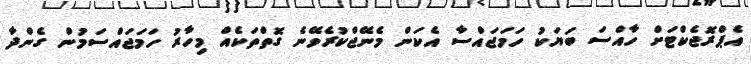
އެޕްރޮޖެކްޓަށް ހާއްސަ ބަޔަކު ހަމަޖައްސާ އެކަން މެނޭޖްކުރެވޭނެ ގޮތްތަކެއް މިހާރު ހަމަޖައްސަމުން ގެންދާ